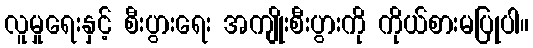
လူမှုရေးနှင့် စီးပွားရေး အကျိုးစီးပွားကို ကိုယ်စားမပြုပါ။